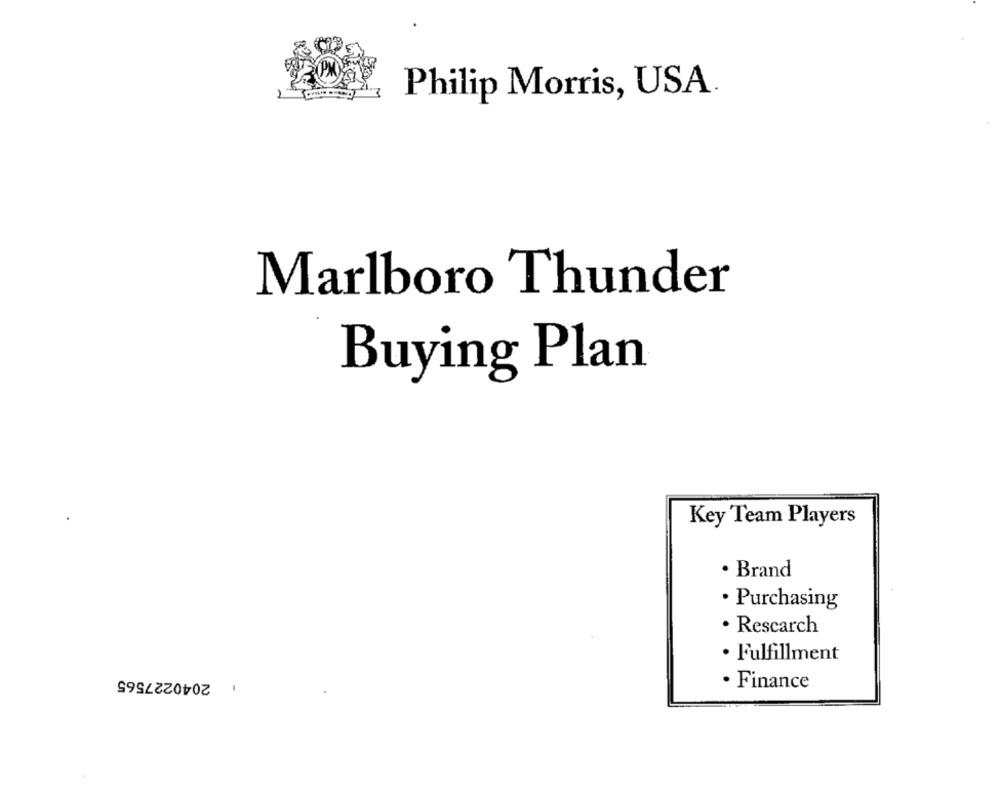
Philip Morris, USA.
Marlboro Thunder
Buying Plan
Key Team Players
· Brand
· Purchasing
· Rescarch
· Fulfillment
: 2040227565
· Finance